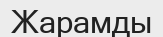
Жарамды